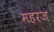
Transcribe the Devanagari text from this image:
महरज